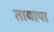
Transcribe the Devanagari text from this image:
तायापा